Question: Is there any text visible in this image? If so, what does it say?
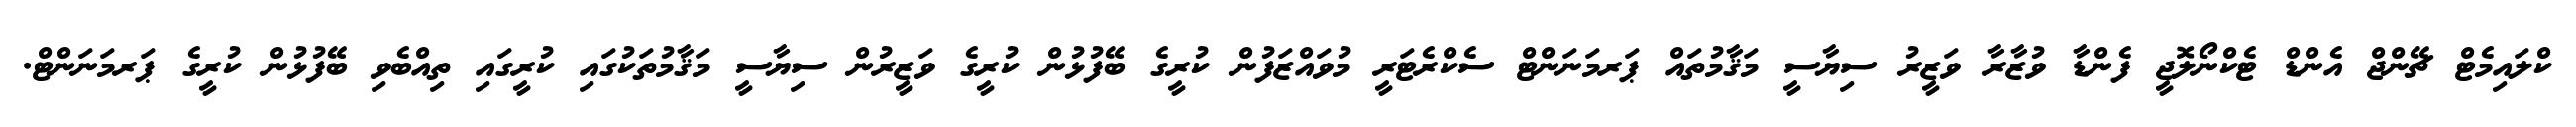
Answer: ކްލައިމެޓް ޗޭންޖް އެންޑް ޓެކްނޯލޮޖީ ފެންޑާ ވުޒާރާ ވަޒީރު ސިޔާސީ މަޤާމުތައް ޕަރމަނަންޓް ސެކްރެޓަރީ މުވައްޒަފުން ކުރީގެ ބޭފުޅުން ކުރީގެ ވަޒީރުން ސިޔާސީ މަޤާމުތަކުގައި ކުރީގައި ތިއްބެވި ބޭފުޅުން ކުރީގެ ޕަރމަނަންޓް.